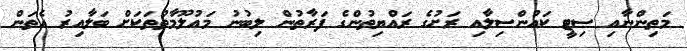
މަތިންނާއި ސިޓީ ކައުންސިލާއި ރަށުގެ ރައްޔިތުންގެ ފަރާތުން ލިބުނު މައުލޫމާތުތަކަށް ބަލާއިރު އެތަން